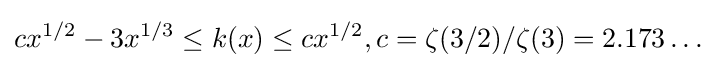
cx^{1/2}-3x^{1/3}\leq k(x)\leq cx^{1/2},c=\zeta (3/2)/\zeta (3)=2.173\ldots